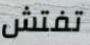
تفتش